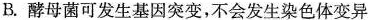
B.酵母菌可发生基因突变，不会发生染色体变异